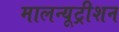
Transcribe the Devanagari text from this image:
मालन्यूट्रीशन